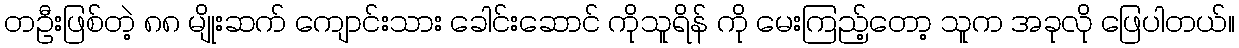
တဦးဖြစ်တဲ့ ၈၈ မျိုးဆက် ကျောင်းသား ခေါင်းဆောင် ကိုသူရိန် ကို မေးကြည့်တော့ သူက အခုလို ဖြေပါတယ်။